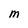
Character: M